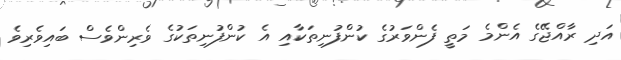
އަދި ރާއްޖޭގެ އެންމެ މަތީ ފެންވަރުގެ ކުންފުނިތަކާއި އެ ކުންފުނިތަކުގެ ވެރިންވެސް ބައިވެރިވެ